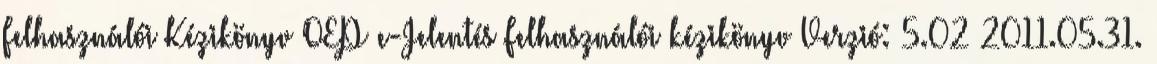
Felhasználói Kézikönyv OEP e-Jelentés Felhasználói kézikönyv Verzió: 5.02 2011.05.31.